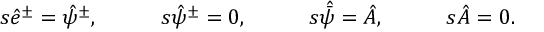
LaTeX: \begin{array} { l l l l } { { s \hat { e } ^ { \pm } = \hat { \psi } ^ { \pm } , \quad } } & { { \quad s \hat { \psi } ^ { \pm } = 0 , \quad } } & { { \quad s \skew 5 \hat { \bar { \psi } } = \hat { A } , \quad } } & { { \quad s \hat { A } = 0 . } } \end{array}